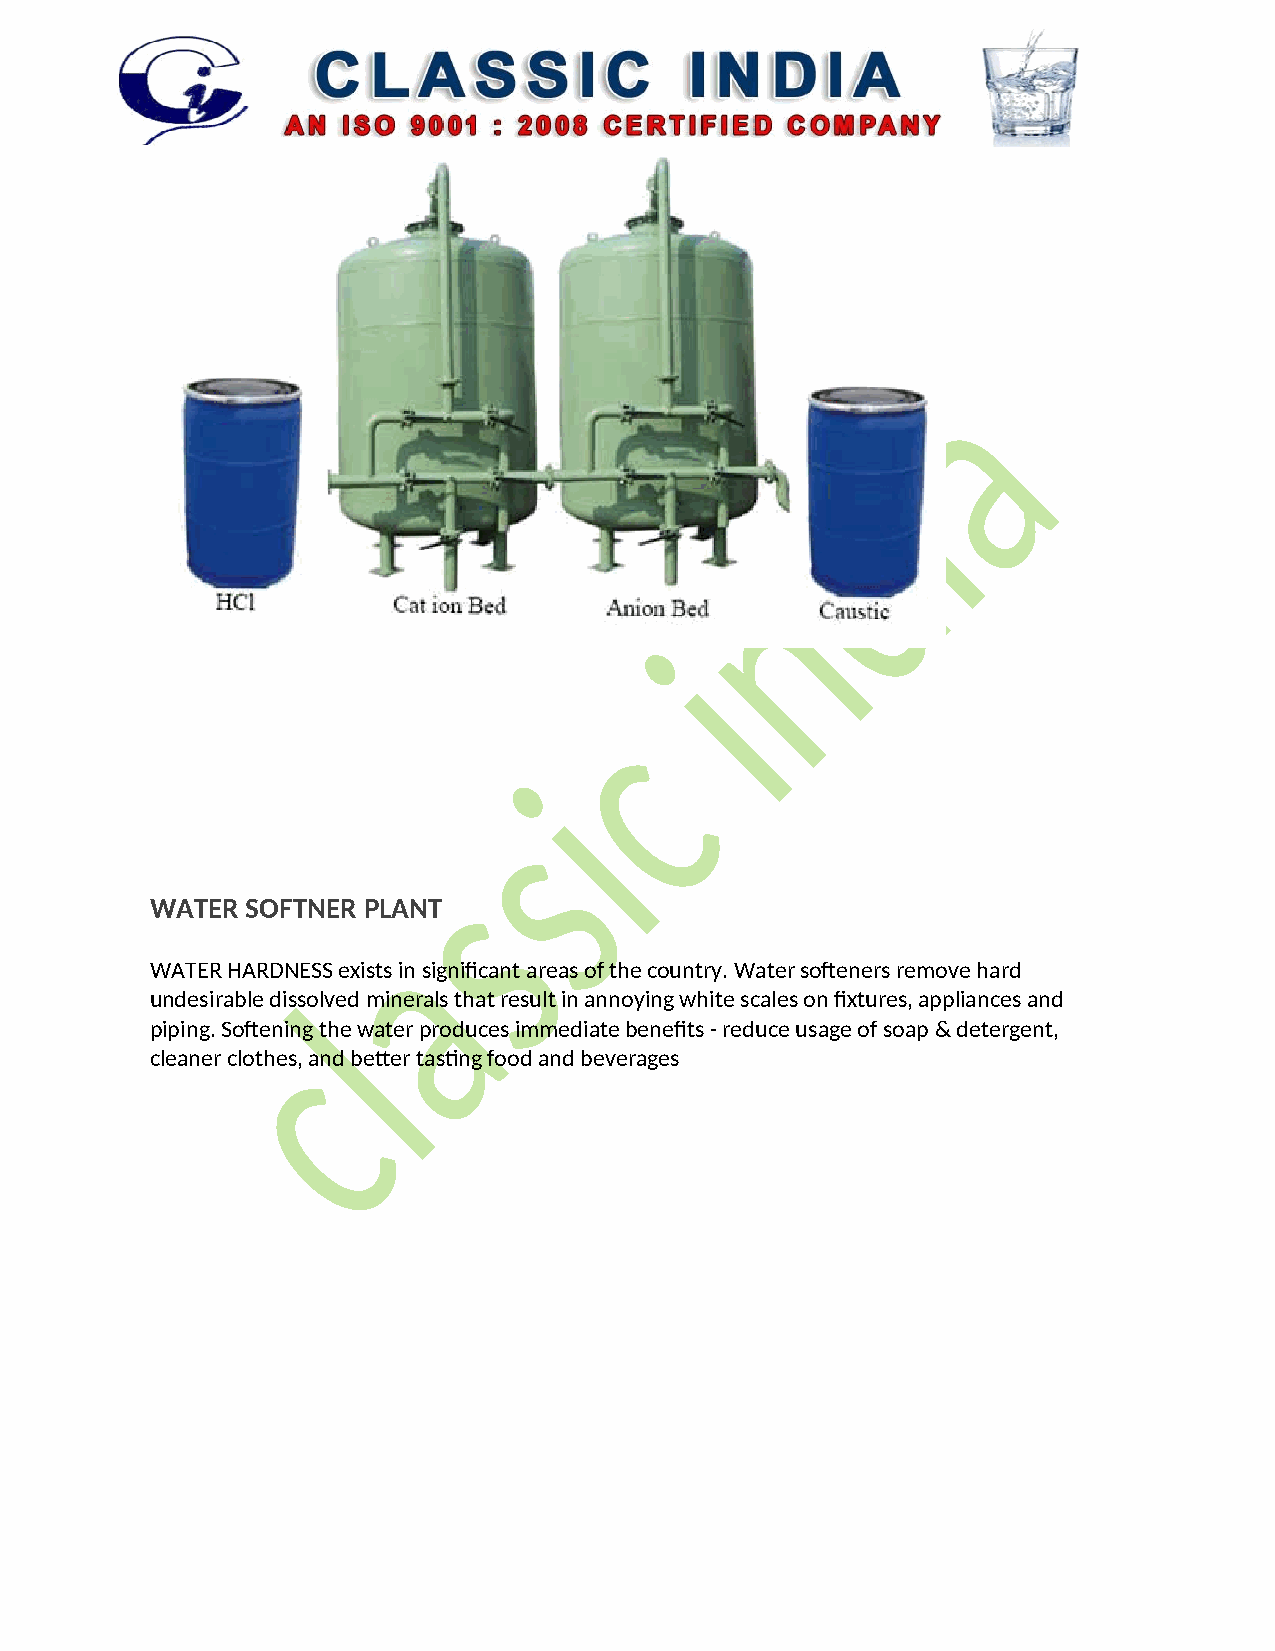
WATER SOFTNER PLANT
 WATER HARDNESS exists in significant areas of the country. Water softeners remove hard
 undesirable dissolved minerals that result in annoying white scales on fixtures, appliances and
 piping. Softening the water produces immediate benefits - reduce usage of soap & detergent,
 cleaner clothes, and better tasting food and beverages